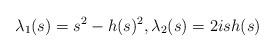
LaTeX: \begin{align*} \lambda_1(s)=s^2-h(s)^2,\lambda_2(s)=2ish(s)\end{align*}